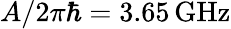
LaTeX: A/2\pi\hbar=3.65\, \mathrm{GHz}